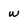
Character: w